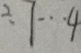
\div 1 \cdots 4